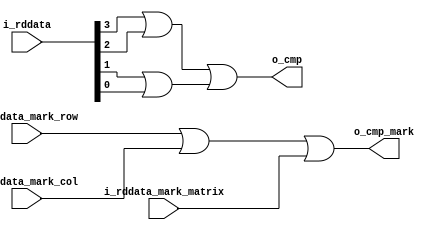
////////////////////////////////////////////////////////////////////////////////
// Description : 
//
// History     : Jul, 31 2022 : Initial 	
//
////////////////////////////////////////////////////////////////////////////////
module compare(
	//-----------------------
	//data compare input
	i_rddata,
	//-----------------------
	//mark compare input
	i_rddata_mark_row,
	i_rddata_mark_col,
	i_rddata_mark_matrix,
	//-----------------------
	//data compare output
	o_cmp,
	//-----------------------
	//mark compare output
	o_cmp_mark
);
	////////////////////////////////////////////////////////////////////////////
    //param declaration
    ////////////////////////////////////////////////////////////////////////////
	////////////////////////////////////////////////////////////////////////////
    //port declaration
    ////////////////////////////////////////////////////////////////////////////
	//-----------------------
	//data compare input
	input	[3:0]				i_rddata;
	//-----------------------
	//mark compare input
	input						i_rddata_mark_row;
	input						i_rddata_mark_col;
	input						i_rddata_mark_matrix;
	//-----------------------
	//data compare output
	output                      o_cmp;
	//-----------------------
	//mark compare output
	output						o_cmp_mark;
	////////////////////////////////////////////////////////////////////////////
    //wire - reg name declaration
    ////////////////////////////////////////////////////////////////////////////
	wire						cmp_data_3;
	wire						cmp_data_2;
	wire						cmp_data_1;
	wire						cmp_data_0;
	wire						cmp_or_1;
	wire						cmp_or_0;
	////////////////////////////////////////////////////////////////////////////
    //compare block description
    ////////////////////////////////////////////////////////////////////////////
	//-----------------------
	//compare data
	assign cmp_data_3 = i_rddata[3] ^ 1'b0;
	assign cmp_data_2 = i_rddata[2] ^ 1'b0;
	assign cmp_data_1 = i_rddata[1] ^ 1'b0;
	assign cmp_data_0 = i_rddata[0] ^ 1'b0;
	assign cmp_or_1 = cmp_data_3 | cmp_data_2;
	assign cmp_or_0 = cmp_data_1 | cmp_data_0;
	assign o_cmp = cmp_or_1 | cmp_or_0;
	//compare mark
	assign o_cmp_mark = i_rddata_mark_row | i_rddata_mark_col | i_rddata_mark_matrix;
endmodule